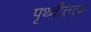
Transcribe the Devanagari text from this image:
पृथ्वीतत्व